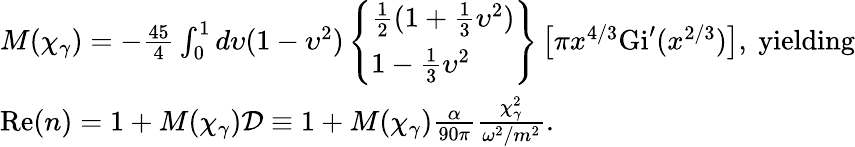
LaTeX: \begin{array}{l}{M(\chi_{\gamma})=-\frac{45}{4}\int_{0}^{1}d\upsilon(1-\upsilon^{2})\left\{ \begin{array}{l}{\frac{1}{2}(1+\frac{1}{3}\upsilon^{2})}\\ {1-\frac{1}{3}\upsilon^{2}}\end{array}\right\} \left[\pi x^{4/3}\mathrm{Gi}^{\prime}(x^{2/3})\right],~\mathrm{yielding}}\\ {\mathrm{Re}(n)=1+M(\chi_{\gamma})\mathcal{D}\equiv 1+M(\chi_{\gamma})\frac{\alpha}{90\pi}\frac{\chi_{\gamma}^{2}}{\omega^{2}/m^{2}}.}\end{array}